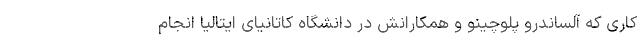
کاری که آلساندرو پلوچینو و همکارانش در دانشگاه کاتانیای ایتالیا انجام